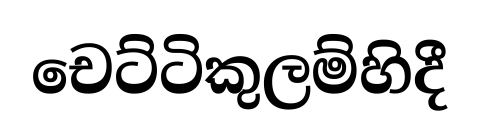
චෙට්ටිකුලම්හිදී